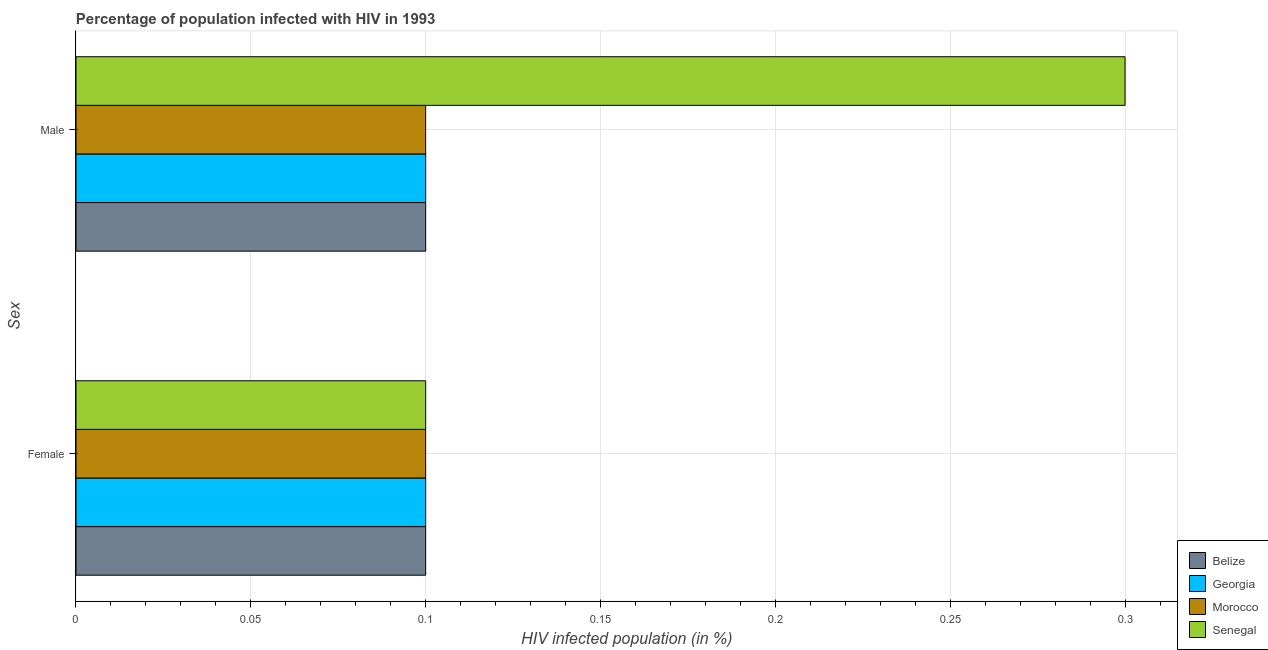
| Sex | Belize | Georgia | Morocco | Senegal |
 | --- | --- | --- | --- | --- |
 | Female | 0.1 | 0.1 | 0.1 | 0.1 |
 | Male | 0.1 | 0.1 | 0.1 | 0.3 |